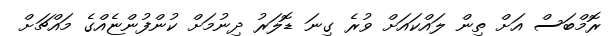
ރޮމްބަސް އަށް ތިން ލައްކައަށް ވުރެ ގިނަ ޑޮލަރު ދިނުމަށް ކުންފުންޏެއްގެ މައްޗަށް